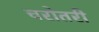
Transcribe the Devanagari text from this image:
चरोतरी